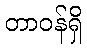
တာဝန်ရှိ